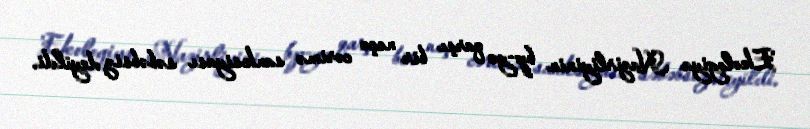
Ekologiya Nazirliyinin bp-yə qarşı bir neçə cərimə sanksiyası səbəbsiz deyildi.